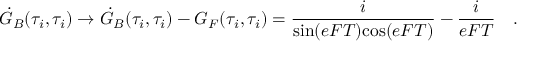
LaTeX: \dot { \cal G } _ { B } ( \tau _ { i } , \tau _ { i } ) \rightarrow \dot { \cal G } _ { B } ( \tau _ { i } , \tau _ { i } ) - { \cal G } _ { F } ( \tau _ { i } , \tau _ { i } ) = { \frac { i } { \mathrm { s i n } ( e F T ) \mathrm { c o s } ( e F T ) } } - { \frac { i } { e F T } } \quad .